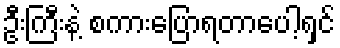
ဦးကြီးနဲ့ စကားပြောရတာပေါ့ရှင်